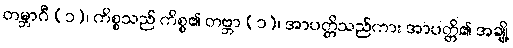
တမ္ဘာဂီ (၁)၊ ကိစ္စသည် ကိစ္စ၏ တဗ္ဘာ (၁)၊ အာပတ္တိသည်ကား အာပတ္တိ၏ အချို့